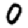
Digit: 0